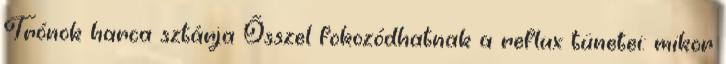
Trónok harca sztárja Ősszel fokozódhatnak a reflux tünetei: mikor